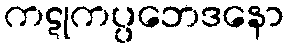
ကဋုကပ္ပဘေဒနော